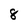
Character: 8